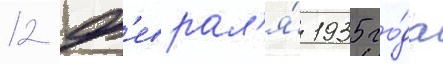
12 ф'еврал'я́ 1935 го́да